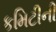
કમિટીની